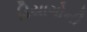
ડિયાગોની